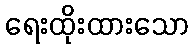
ရေးထိုးထားသော